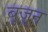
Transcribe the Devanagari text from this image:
बूजून